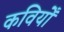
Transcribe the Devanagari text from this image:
कवियोँ